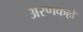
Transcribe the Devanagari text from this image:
अरणकल्ले